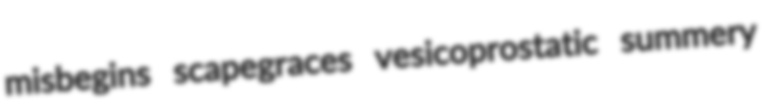
misbegins scapegraces vesicoprostatic summery